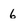
Character: 6